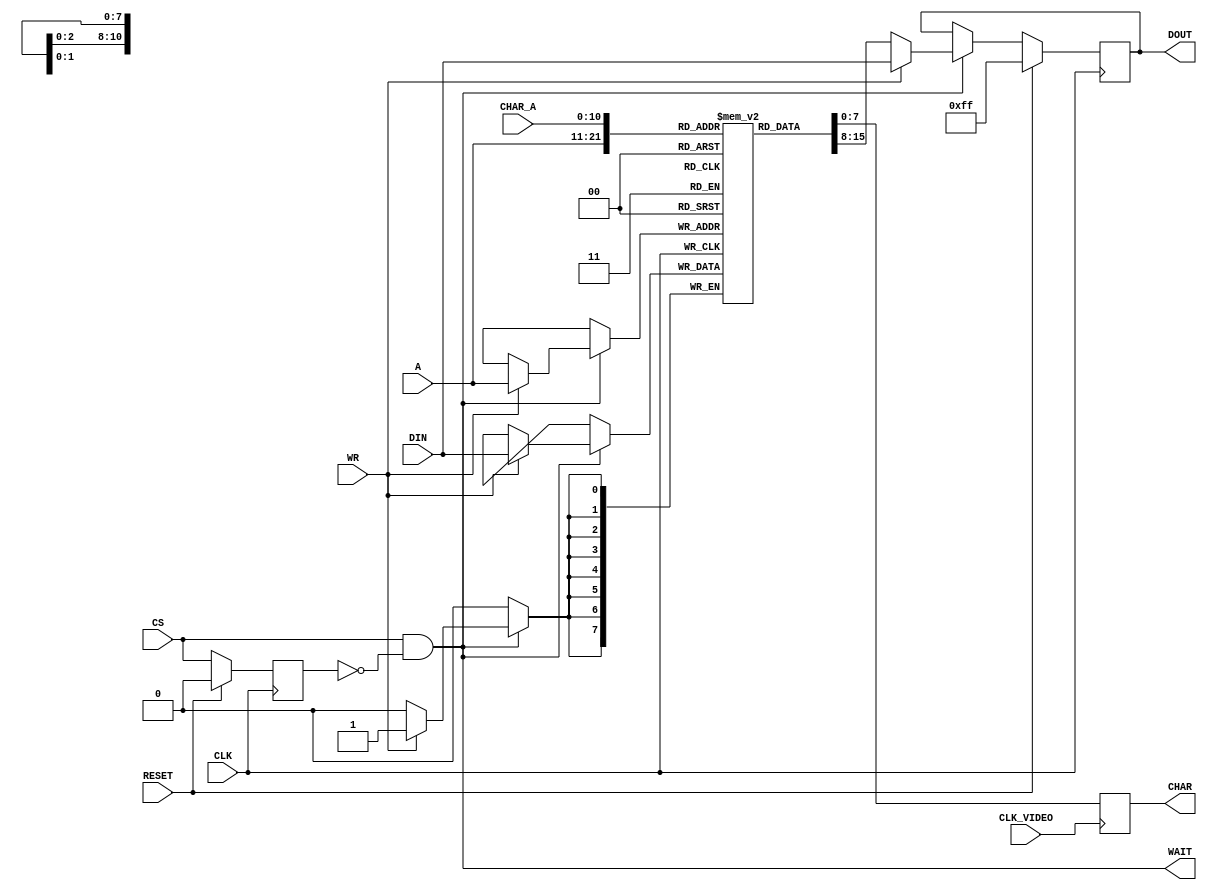
module VRAM (
    input CLK,
    input RESET,
    input CS,
    input WR,
    input [10:0] A,
    input [7:0] DIN,
    output reg [7:0] DOUT,
    output WAIT,

    input CLK_VIDEO,
    input [10:0] CHAR_A,
    output reg [7:0] CHAR
);

    reg [7:0] VRAM [0:2047];
    wire VRAM_SEL;
    reg CYCLE;
    wire CS, EN;

    always @ (posedge CLK)
    begin
        if(EN)
        begin
            if(WR)
            begin
                VRAM[A] <= DIN;
                DOUT <= DIN;
            end
            else
                DOUT <= VRAM[A];
        end

        if(RESET)
            DOUT <= 8'hFF;
    end

    always @ (posedge CLK)
        if(RESET)
            CYCLE <= 1'b0;
        else
            CYCLE <= CS;

    assign WAIT = CS && !CYCLE;
    assign EN = WAIT;

    always @ (posedge CLK_VIDEO)
        CHAR <= VRAM[CHAR_A];

    assign VRAM_SEL = CS && !RESET;

endmodule